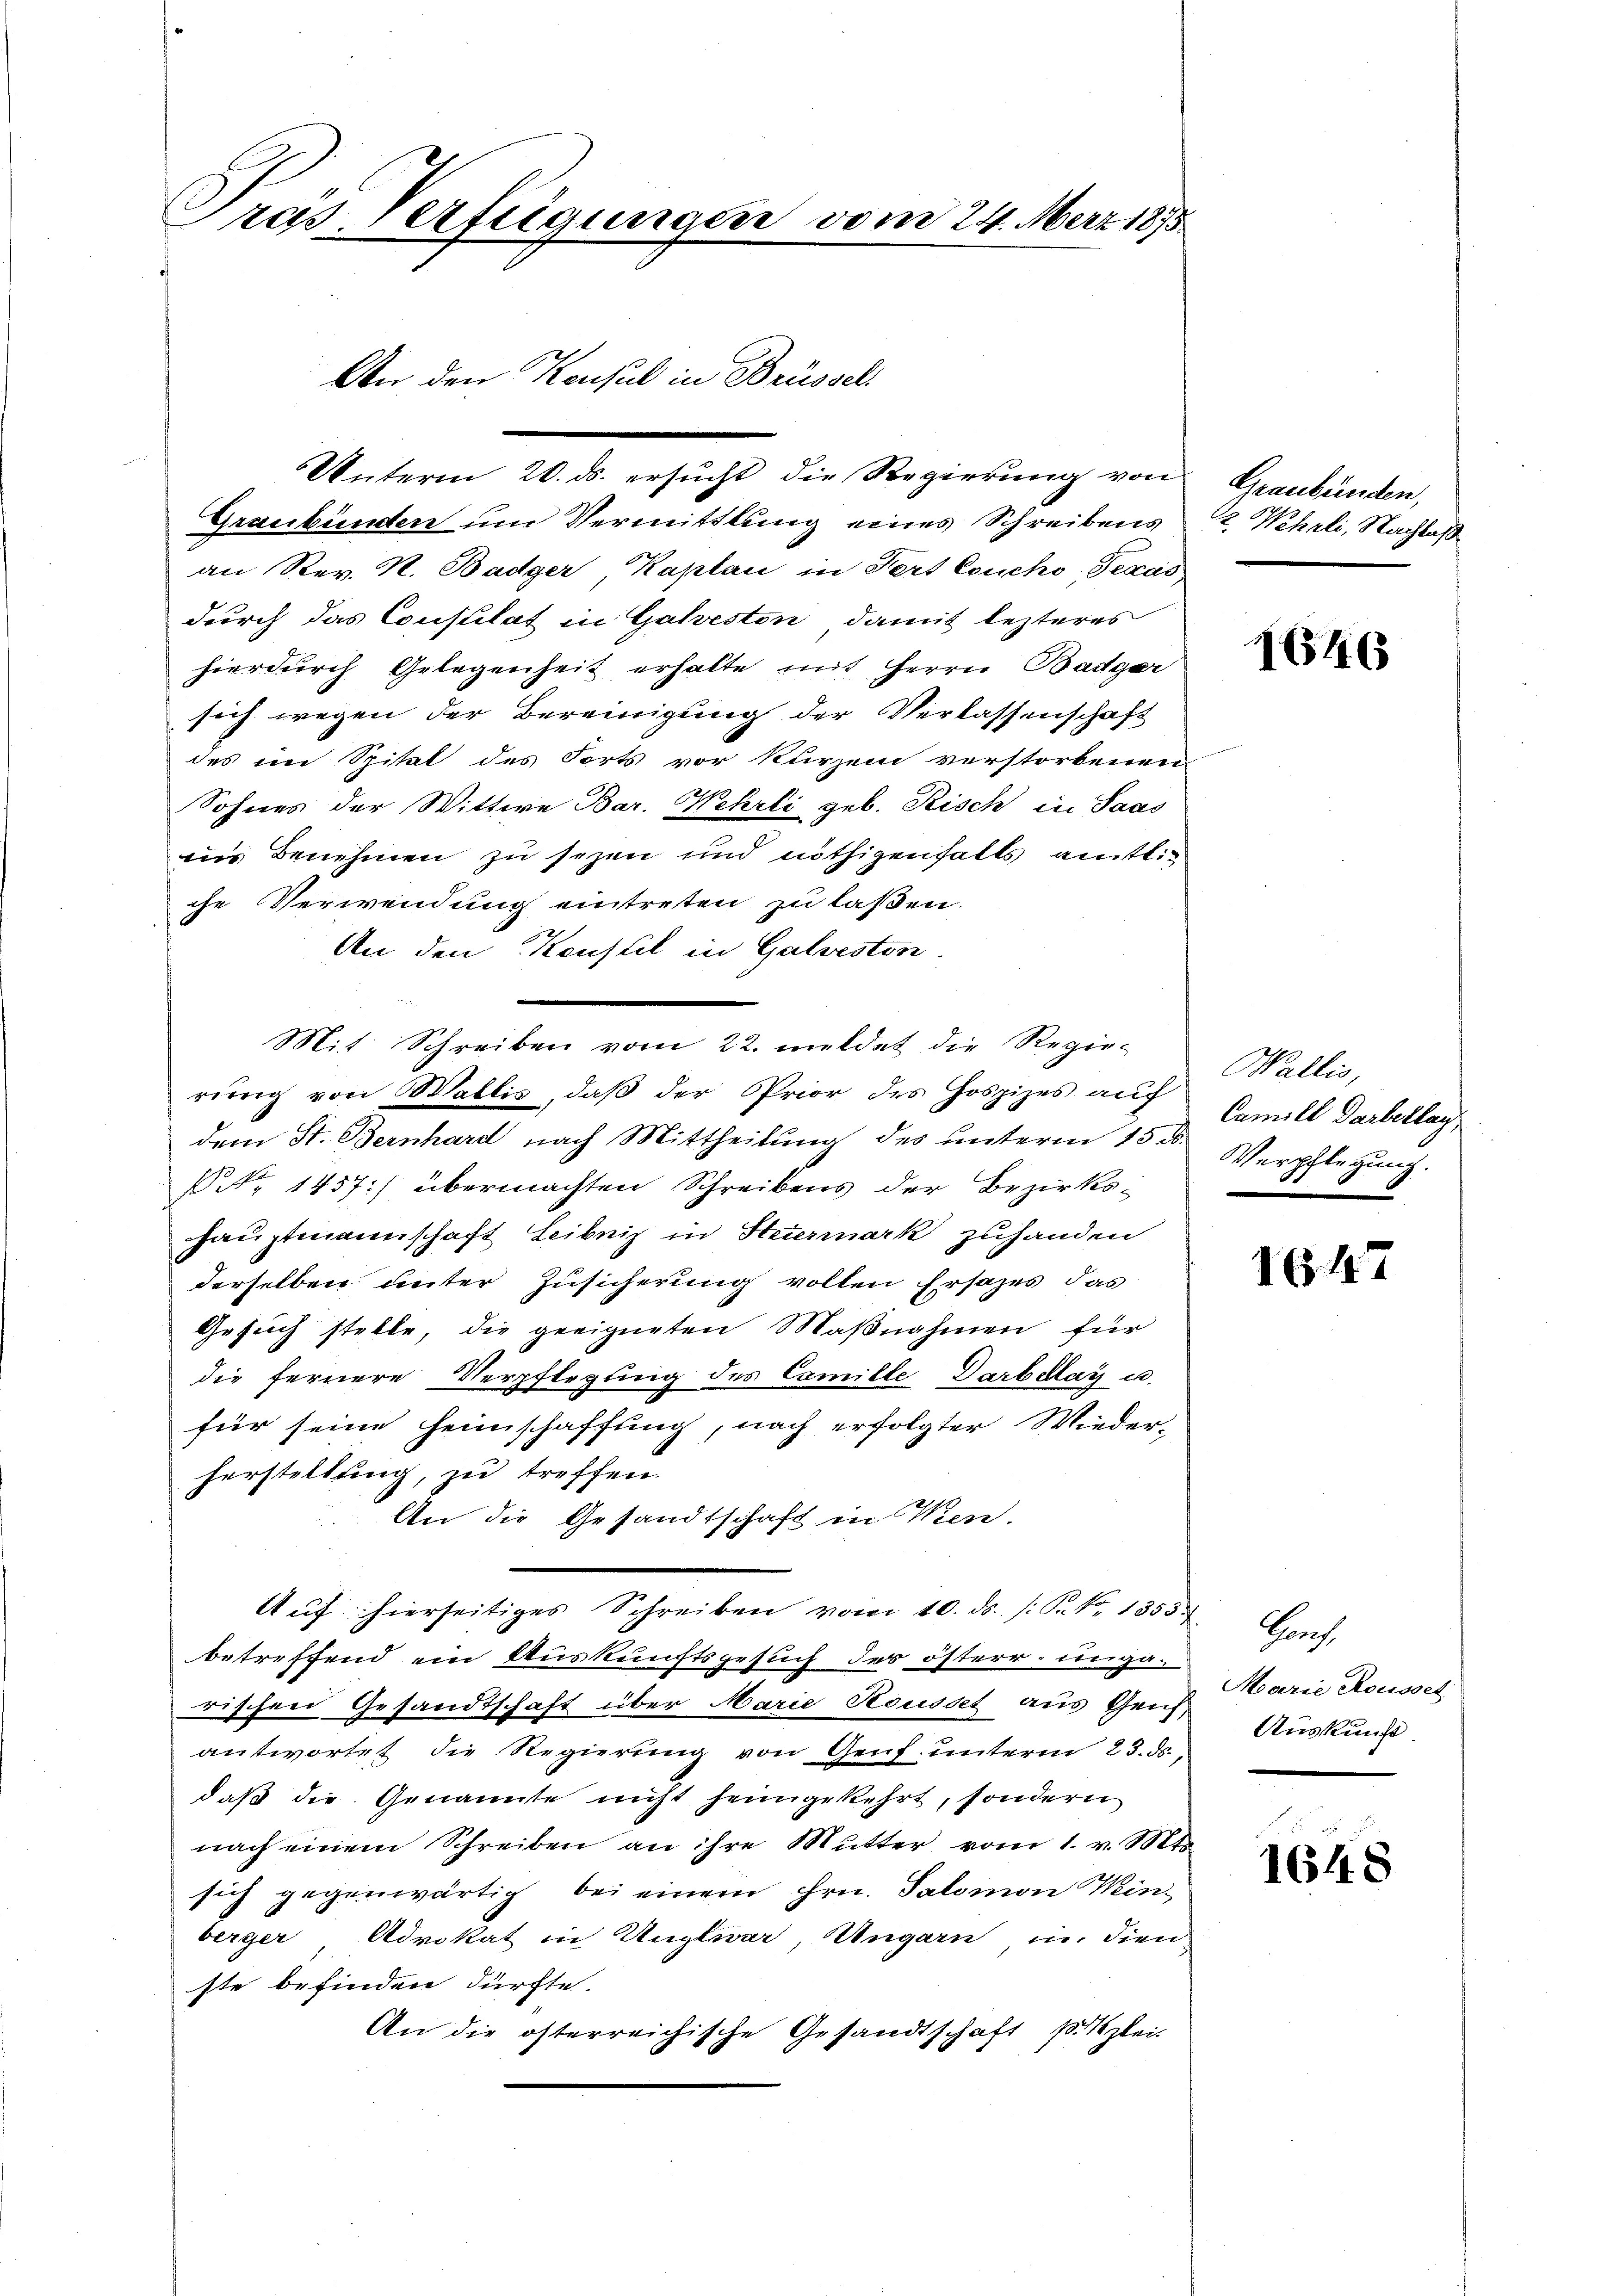
Pras Verfügungen vom 24. Merz 1875.

Unterm 20. ds. ersucht die Regierung von
Graubünden um Vermittlung eines Schreibens 2. Wehrli, Nachlaß
an Rev. N. Badger, Kaplan in Sert Coucho-Texas
durch das Consulat in Galveston, damit lezteres
hierdurch Gelegenheit erhalte mit Herrn Badger
sich wegen der Bereinigung der Verlassenschaft
des im Spital des Forts vor kurzen verstorbenen
Sohnes der Wittwe Bar. Wehrli geb. Risch in Saas
ins Benehmen zu sezen und nöthigenhalts amtliche Verwendung eintreten zu laßen.
An den Konsul in Galveston
dem St. Bernhard nach Mittheilŭng des ŭnterm 15ten Verpflegŭng.
Nr. 1457) übermachten Schreibens der Bezirkshauptmannschaft Leibnis in Steuermark zuhanden
derselben unter Zusicherung vollen Ersazes, das
Gesuch stelle, die geeigneten Maßnahmen für
die fernere Verpflegung des Camille Darbelay u.
für seine Heimschaffung, nach erfolgter Wieder-
herstellung, zu treffen.
An die Gesandtschaft in Wien.
Aŭf hierseitiges Schreiben vom 10. ds. s. S. Nr. 1853 Genf,
betreffend ein Auskunftsgesuch der österr. ungarischen Gesandtschaft über Marie Rousset aus Geis
antwortet die Regierung von Genf. unterm 23. ds.,
daß die Genannte nicht heimgekehrt, sondern
nach einem Schreiben an ihre Mutter vom 1. v. Mts.
sich gegenwärtig bei einem Hrn. Salomon Wein-
berger Advokat in Ungewar, Ungarn in dien
ste befinden dürfte.
An die österreichische Gesandtschaft 1 Kzlei-

An den Konsul in Brüssel

Mit Schreiben vom 22. meldet die Regie-
rung von Wallis, daß der Prior des Gospizes auf

Graubünden,

1646

Wallis,
Camill Darbeklag

1647

Marie Rousset
Auskunft

1648